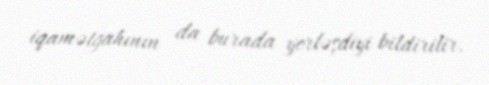
iqamətgahının da burada yerləşdiyi bildirilir.